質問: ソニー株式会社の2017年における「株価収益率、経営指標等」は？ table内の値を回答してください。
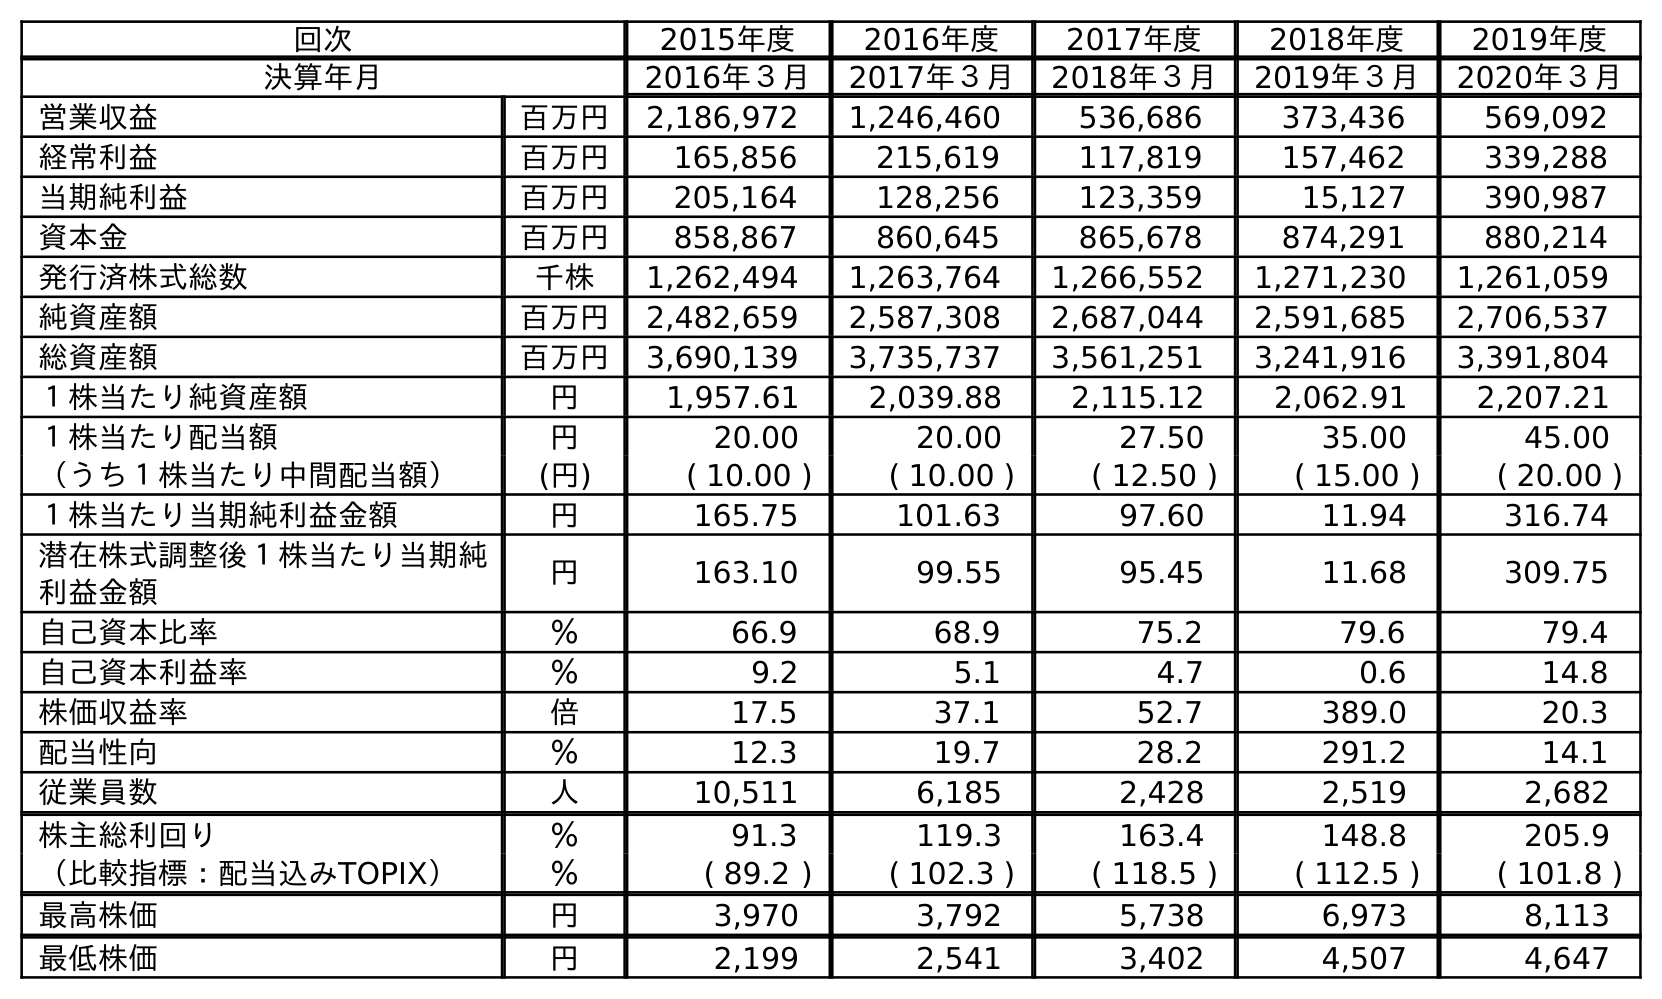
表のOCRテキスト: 回次 2015年度 2016年度 2017年度 2018年度 2019年度 決算年月 2016年３月 2017年３月 2018年３月 2019年３月 2020年３月 営業収益 百万円 2,186,972 1,246,460 536,686 373,436 569,092 経常利益 百万円 165,856 215,619 117,819 157,462 339,288 当期純利益 百万円 205,164 128,256 123,359 15,127 390,987 資本金 百万円 858,867 860,645 865,678 874,291 880,214 発行済株式総数 千株 1,262,494 1,263,764 1,266,552 1,271,230 1,261,059 純資産額 百万円 2,482,659 2,587,308 2,687,044 2,591,685 2,706,537 総資産額 百万円 3,690,139 3,735,737 3,561,251 3,241,916 3,391,804 １株当たり純資産額 円 1,957.61 2,039.88 2,115.12 2,062.91 2,207.21 １株当たり配当額 円 20.00 20.00 27.50 35.00 45.00 （うち１株当たり中間配当額） (円) ( 10.00 ) ( 10.00 ) ( 12.50 ) ( 15.00 ) ( 20.00 ) １株当たり当期純利益金額 円 165.75 101.63 97.60 11.94 316.74 潜在株式調整後１株当たり当期純 利益金額 円 163.10 99.55 95.45 11.68 309.75 自己資本比率 ％ 66.9 68.9 75.2 79.6 79.4 自己資本利益率 ％ 9.2 5.1 4.7 0.6 14.8 株価収益率 倍 17.5 37.1 52.7 389.0 20.3 配当性向 ％ 12.3 19.7 28.2 291.2 14.1 従業員数 人 10,511 6,185 2,428 2,519 2,682 株主総利回り ％ 91.3 119.3 163.4 148.8 205.9 （比較指標：配当込みTOPIX） ％ ( 89.2 ) ( 102.3 ) ( 118.5 ) ( 112.5 ) ( 101.8 ) 最高株価 円 3,970 3,792 5,738 6,973 8,113 最低株価 円 2,199 2,541 3,402 4,507 4,647
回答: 37.1